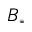
B _ { * }